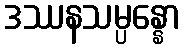
ဒဿနသမ္ပန္နော